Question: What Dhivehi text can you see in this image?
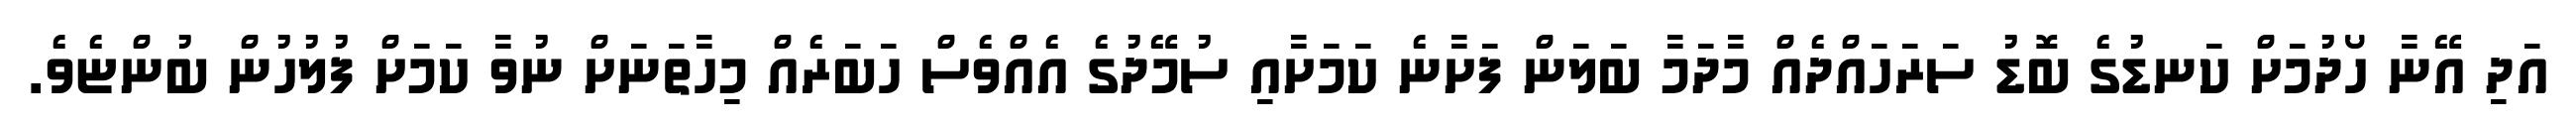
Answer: އަދި އޭނާ ހޯދުމަށް ކަނޑުގެ ބޮޑު ސަރަހައްދެއް މާދަމާ ބަލަން ފަށާނެ ކަމަށާއި ސުމޭދުގެ އެއްވެސް ހަބަރެއް މިހާތަނަށް ނުވާ ކަމަށް ފުލުހުން ބުންޏެވެ.